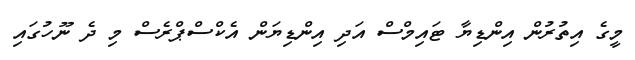
މީގެ އިތުރުން އިންޑިޔާ ޓައިމްސް އަދި އިންޑިޔަން އެކްސްޕްރެސް މި ދެ ނޫހުގައި